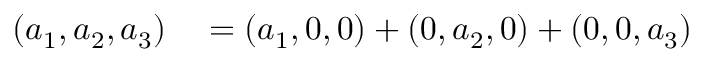
\begin{array} { r l } { ( a _ { 1 } , a _ { 2 } , a _ { 3 } ) } & { { } = ( a _ { 1 } , 0 , 0 ) + ( 0 , a _ { 2 } , 0 ) + ( 0 , 0 , a _ { 3 } ) } \end{array}